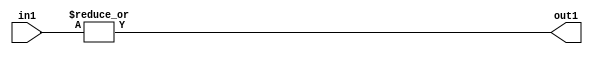
`timescale 1ps / 1ps
/*****************************************************************************
    Verilog RTL Description
    
    
    Created by: Stratus DpOpt 2019.1.01 
*******************************************************************************/

module pe_array_OrReduction_7U_1U_4 (
	in1,
	out1
	); /* architecture "behavioural" */ 
input [6:0] in1;
output  out1;
wire  asc001;

assign asc001 = 
	(|in1);

assign out1 = asc001;
endmodule

/* CADENCE  urb3Qgw= : u9/ySgnWtBlWxVPRXgAZ4Og= ** DO NOT EDIT THIS LINE ******/